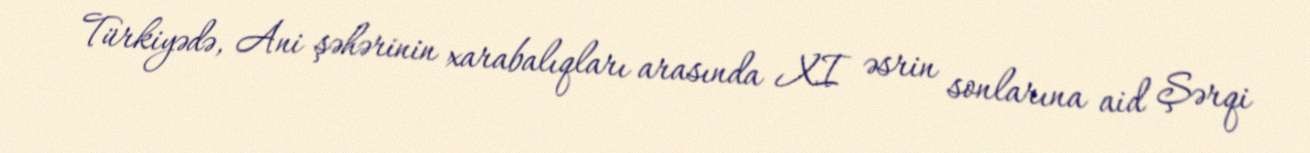
Türkiyədə, Ani şəhərinin xarabalıqları arasında XI əsrin sonlarına aid Şərqi